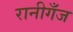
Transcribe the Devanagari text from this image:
रानीगँज